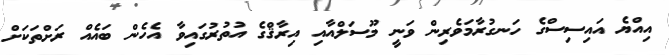
އިއްޔެ އައިސިސްގެ ހަނގުރާމަވެރިން ވަނީ މޫސަލްއާއި އިރާޤްގެ އުތުރުގައިވާ އެހެން ބައެއް ރަށްތަކަށް